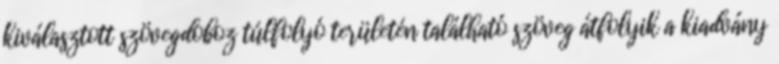
kiválasztott szövegdoboz túlfolyó területén található szöveg átfolyik a kiadvány